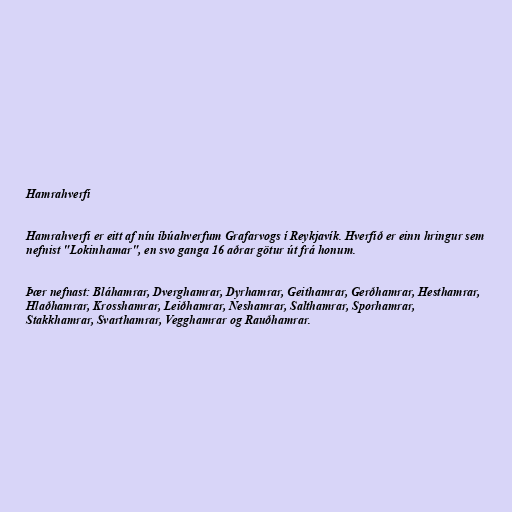
Hamrahverfi

Hamrahverfi er eitt af níu íbúahverfum Grafarvogs í Reykjavík. Hverfið er einn hringur sem
nefnist "Lokinhamar", en svo ganga 16 aðrar götur út frá honum.

Þær nefnast: Bláhamrar, Dverghamrar, Dyrhamrar, Geithamrar, Gerðhamrar, Hesthamrar,
Hlaðhamrar, Krosshamrar, Leiðhamrar, Neshamrar, Salthamrar, Sporhamrar,
Stakkhamrar, Svarthamrar, Vegghamrar og Rauðhamrar.